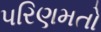
પરિણમતો